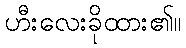
ဟီးလေးခိုထား၏။